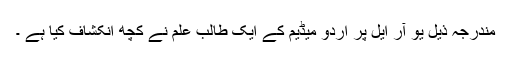
مندرجہ ذیل یو آر ایل پر اردو میڈیم کے ایک طالب علم نے کچھ انکشاف کیا ہے ۔